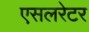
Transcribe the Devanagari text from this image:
एसलरेटर